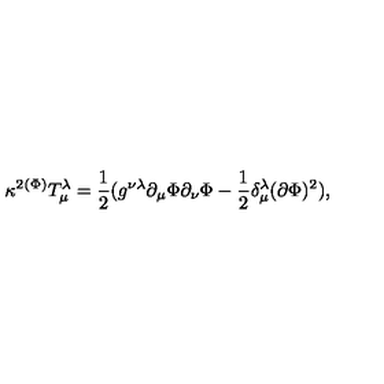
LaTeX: { \kappa } ^ { 2 } ^ { ( \Phi ) } T _ { \mu } ^ { \lambda } = \frac 1 2 ( g ^ { \nu \lambda } \partial _ { \mu } \Phi \partial _ { \nu } \Phi - \frac 1 2 \delta _ { \mu } ^ { \lambda } ( \partial \Phi ) ^ { 2 } ) ,